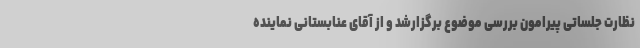
نظارت جلساتی پیرامون بررسی موضوع برگزارشد و از آقای عنابستانی نماینده